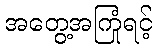
အတွေ့အကြုံရင့်